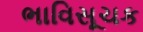
ભાવિસૂચક